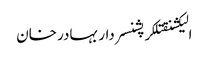
الیکشنقتلکرپشنسردار بہادر خان